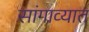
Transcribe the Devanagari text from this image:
सांगाव्यात